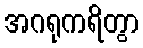
အဂရုကရိတွာ